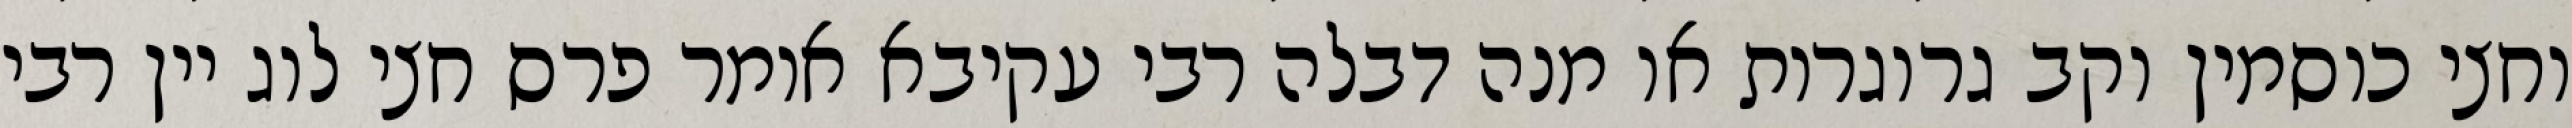
וחצי כוסמין וקב גרוגרות או מנה דבלה רבי עקיבא אומר פרס חצי לוג יין רבי